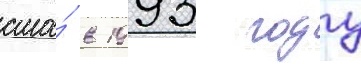
сша́ в 1993 году